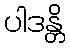
ပါဒန္တိ